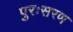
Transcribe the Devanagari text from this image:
पुरःसरण